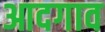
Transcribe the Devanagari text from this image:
आदगाव